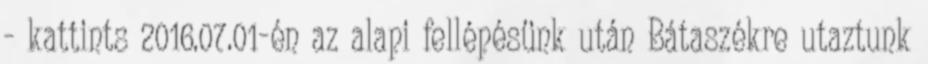
- kattints 2016.07.01-én az alapi fellépésünk után Bátaszékre utaztunk